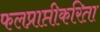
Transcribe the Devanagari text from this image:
फलप्राप्तीकरिता